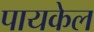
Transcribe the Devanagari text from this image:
पायकेल